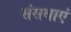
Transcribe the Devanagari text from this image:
संसथाएं